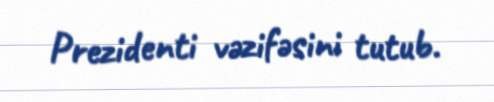
Prezidenti vəzifəsini tutub.